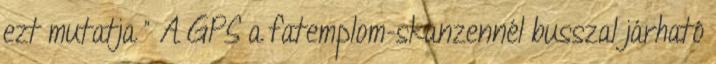
ezt mutatja ” A GPS a fatemplom-skanzennél busszal járható